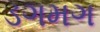
ડગમગ